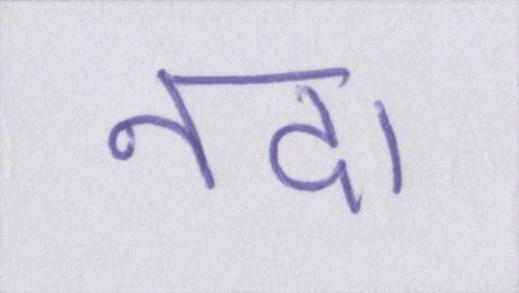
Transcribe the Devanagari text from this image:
नदा